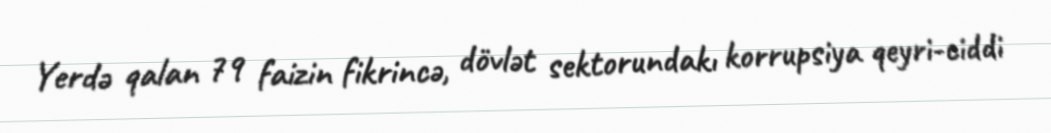
Yerdə qalan 79 faizin fikrincə, dövlət sektorundakı korrupsiya qeyri-ciddi